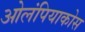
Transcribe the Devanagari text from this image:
ओलंपियाकोस